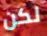
لكن